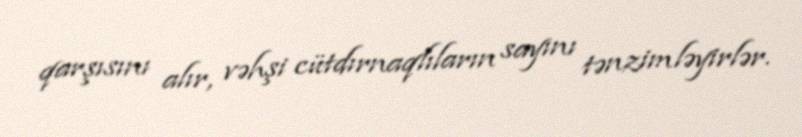
qarşısını alır, vəhşi cütdırnaqlıların sayını tənzimləyirlər.